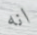
انه